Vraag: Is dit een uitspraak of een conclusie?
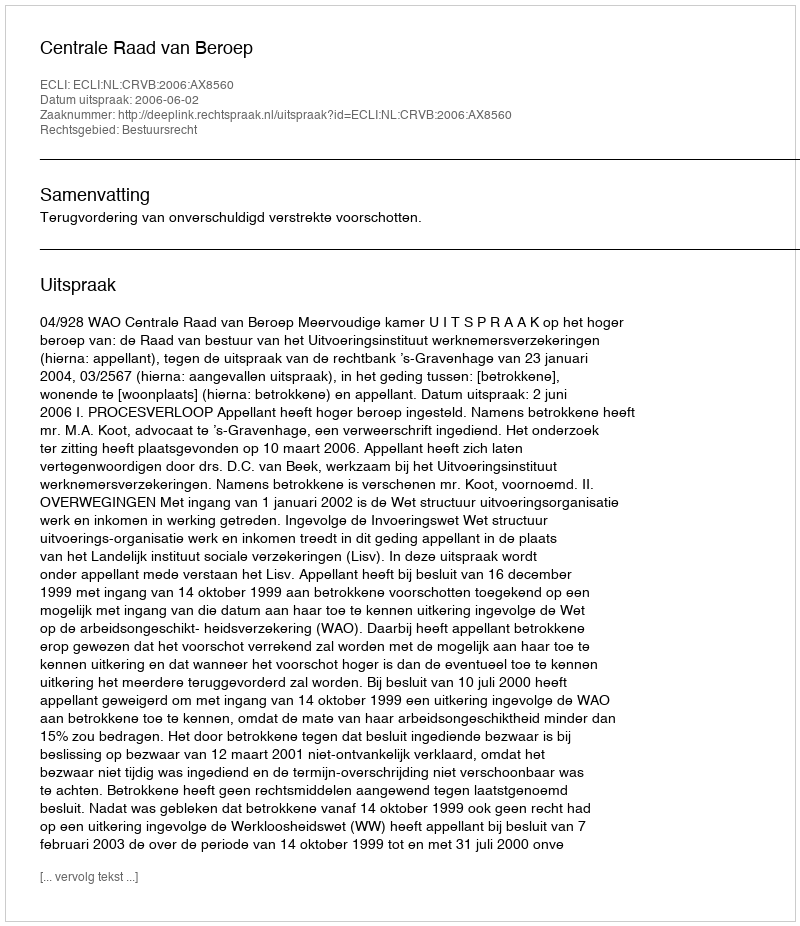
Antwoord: Uitspraak